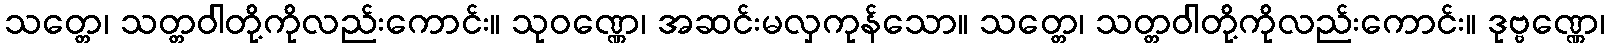
သတ္တေ၊ သတ္တဝါတို့ကိုလည်းကောင်း။ သုဝဏ္ဏေ၊ အဆင်းမလှကုန်သော။ သတ္တေ၊ သတ္တဝါတို့ကိုလည်းကောင်း။ ဒုဗ္ဗဏ္ဏေ၊